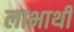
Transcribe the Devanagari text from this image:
लाभाथी